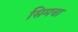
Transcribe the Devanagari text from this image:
सिमचा